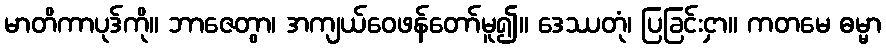
မာတိကာပုဒ်ကို။ ဘာဇေတွာ၊ အကျယ်ဝေဖန်တော်မူ၍။ ဒေဿတုံ၊ ပြခြင်းငှာ။ ကတမေ ဓမ္မာ